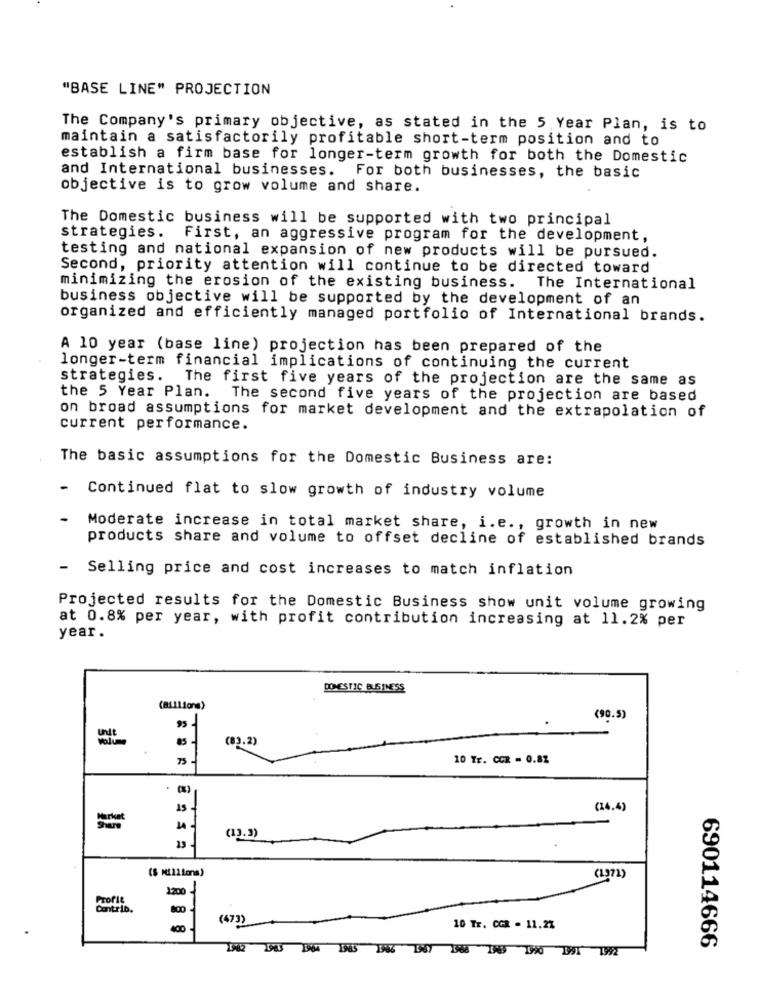
"BASE LINE" PROJECTION
The Company's primary objective, as stated in the 5 Year Plan, is to
maintain a satisfactorily profitable short-term position and to
establish a firm base for longer-term growth for both the Domestic
and International businesses. For both businesses, the basic
objective is to grow volume and share.
The Domestic business will be supported with two principal
strategies. First, an aggressive program for the development,
testing and national expansion of new products will be pursued.
Second, priority attention will continue to be directed toward
minimizing the erosion of the existing business. The International
business objective will be supported by the development of an
organized and efficiently managed portfolio of International brands.
A 10 year (base line) projection has been prepared of the
longer-term financial implications of continuing the current
strategies. The first five years of the projection are the same as
the 5 Year Plan. The second five years of the projection are based
on broad assumptions for market development and the extrapolation of
current performance.
The basic assumptions for the Domestic Business are:
-
Continued flat to slow growth of industry volume
Moderate increase in total market share, i.e ., growth in new
products share and volume to offset decline of established brands
- Selling price and cost increases to match inflation
Projected results for the Domestic Business show unit volume growing
at 0.8% per year, with profit contribution increasing at 11.2% per
year.
DOMESTIC BUSINESS
(Billions)
(90.5)
95
85
(83.2)
75
10 Tr. CCR - 0.82
15 -
(14.4)
14
(13.3)
13
($ Millions)
(1371)
1200 1
Profic
Contrib.
800
(473)
400
10 Tr. CGR - 11.2%
690114666
1982 1945 1964 1985 1346 1337 1988 145 170 391 1992